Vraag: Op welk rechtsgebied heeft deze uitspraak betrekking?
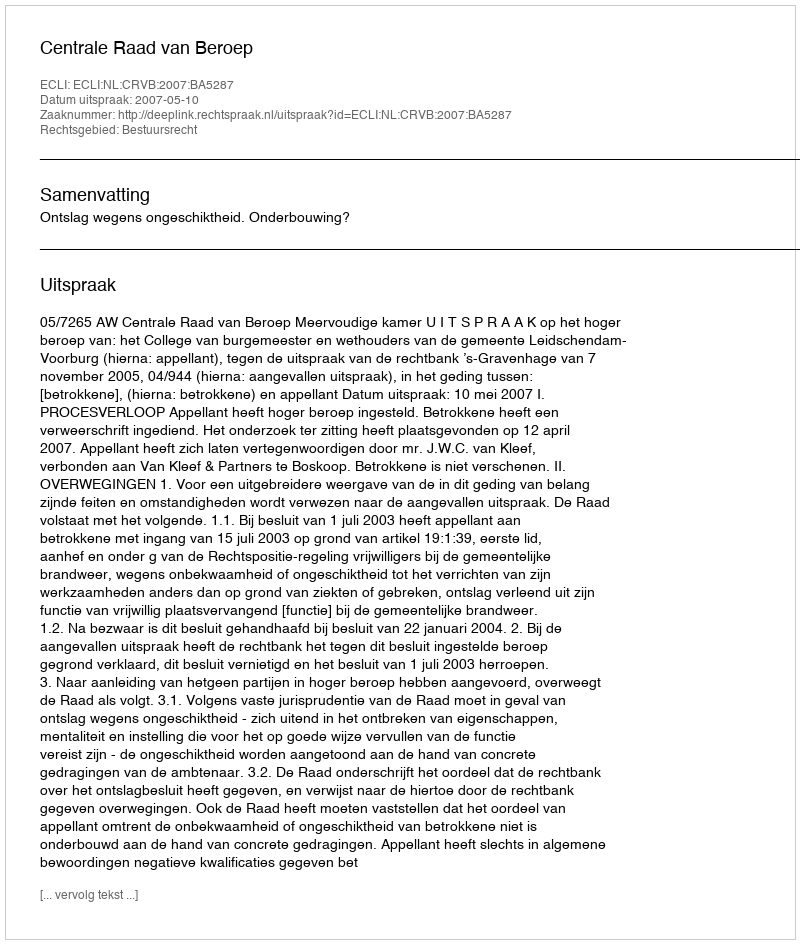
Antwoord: Bestuursrecht